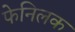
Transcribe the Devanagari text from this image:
फेनिलक